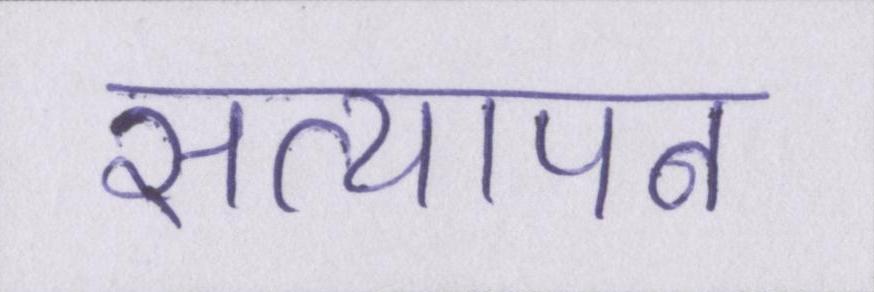
सत्यापन